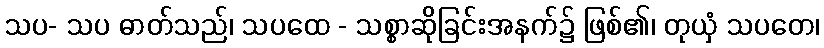
သပ- သပ ဓာတ်သည်၊ သပထေ - သစ္စာဆိုခြင်းအနက်၌ ဖြစ်၏၊ တုယှံ သပတေ၊